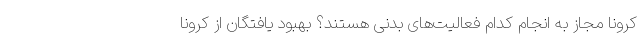
کرونا مجاز به انجام کدام فعالیت‌های بدنی هستند؟ بهبود یافتگان از کرونا